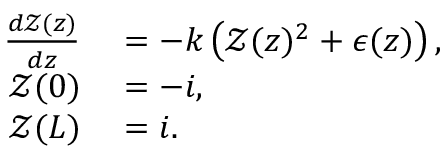
\begin{array} { r l } { \frac { d \mathcal { Z } ( z ) } { d z } } & { { } = - k \left( \mathcal { Z } ( z ) ^ { 2 } + \epsilon ( z ) \right) , } \\ { \mathcal { Z } ( 0 ) } & { { } = - i , } \\ { \mathcal { Z } ( L ) } & { { } = i . } \end{array}